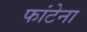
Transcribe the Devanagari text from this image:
फांटेना